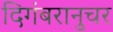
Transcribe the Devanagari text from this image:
दिगंबरानुचर